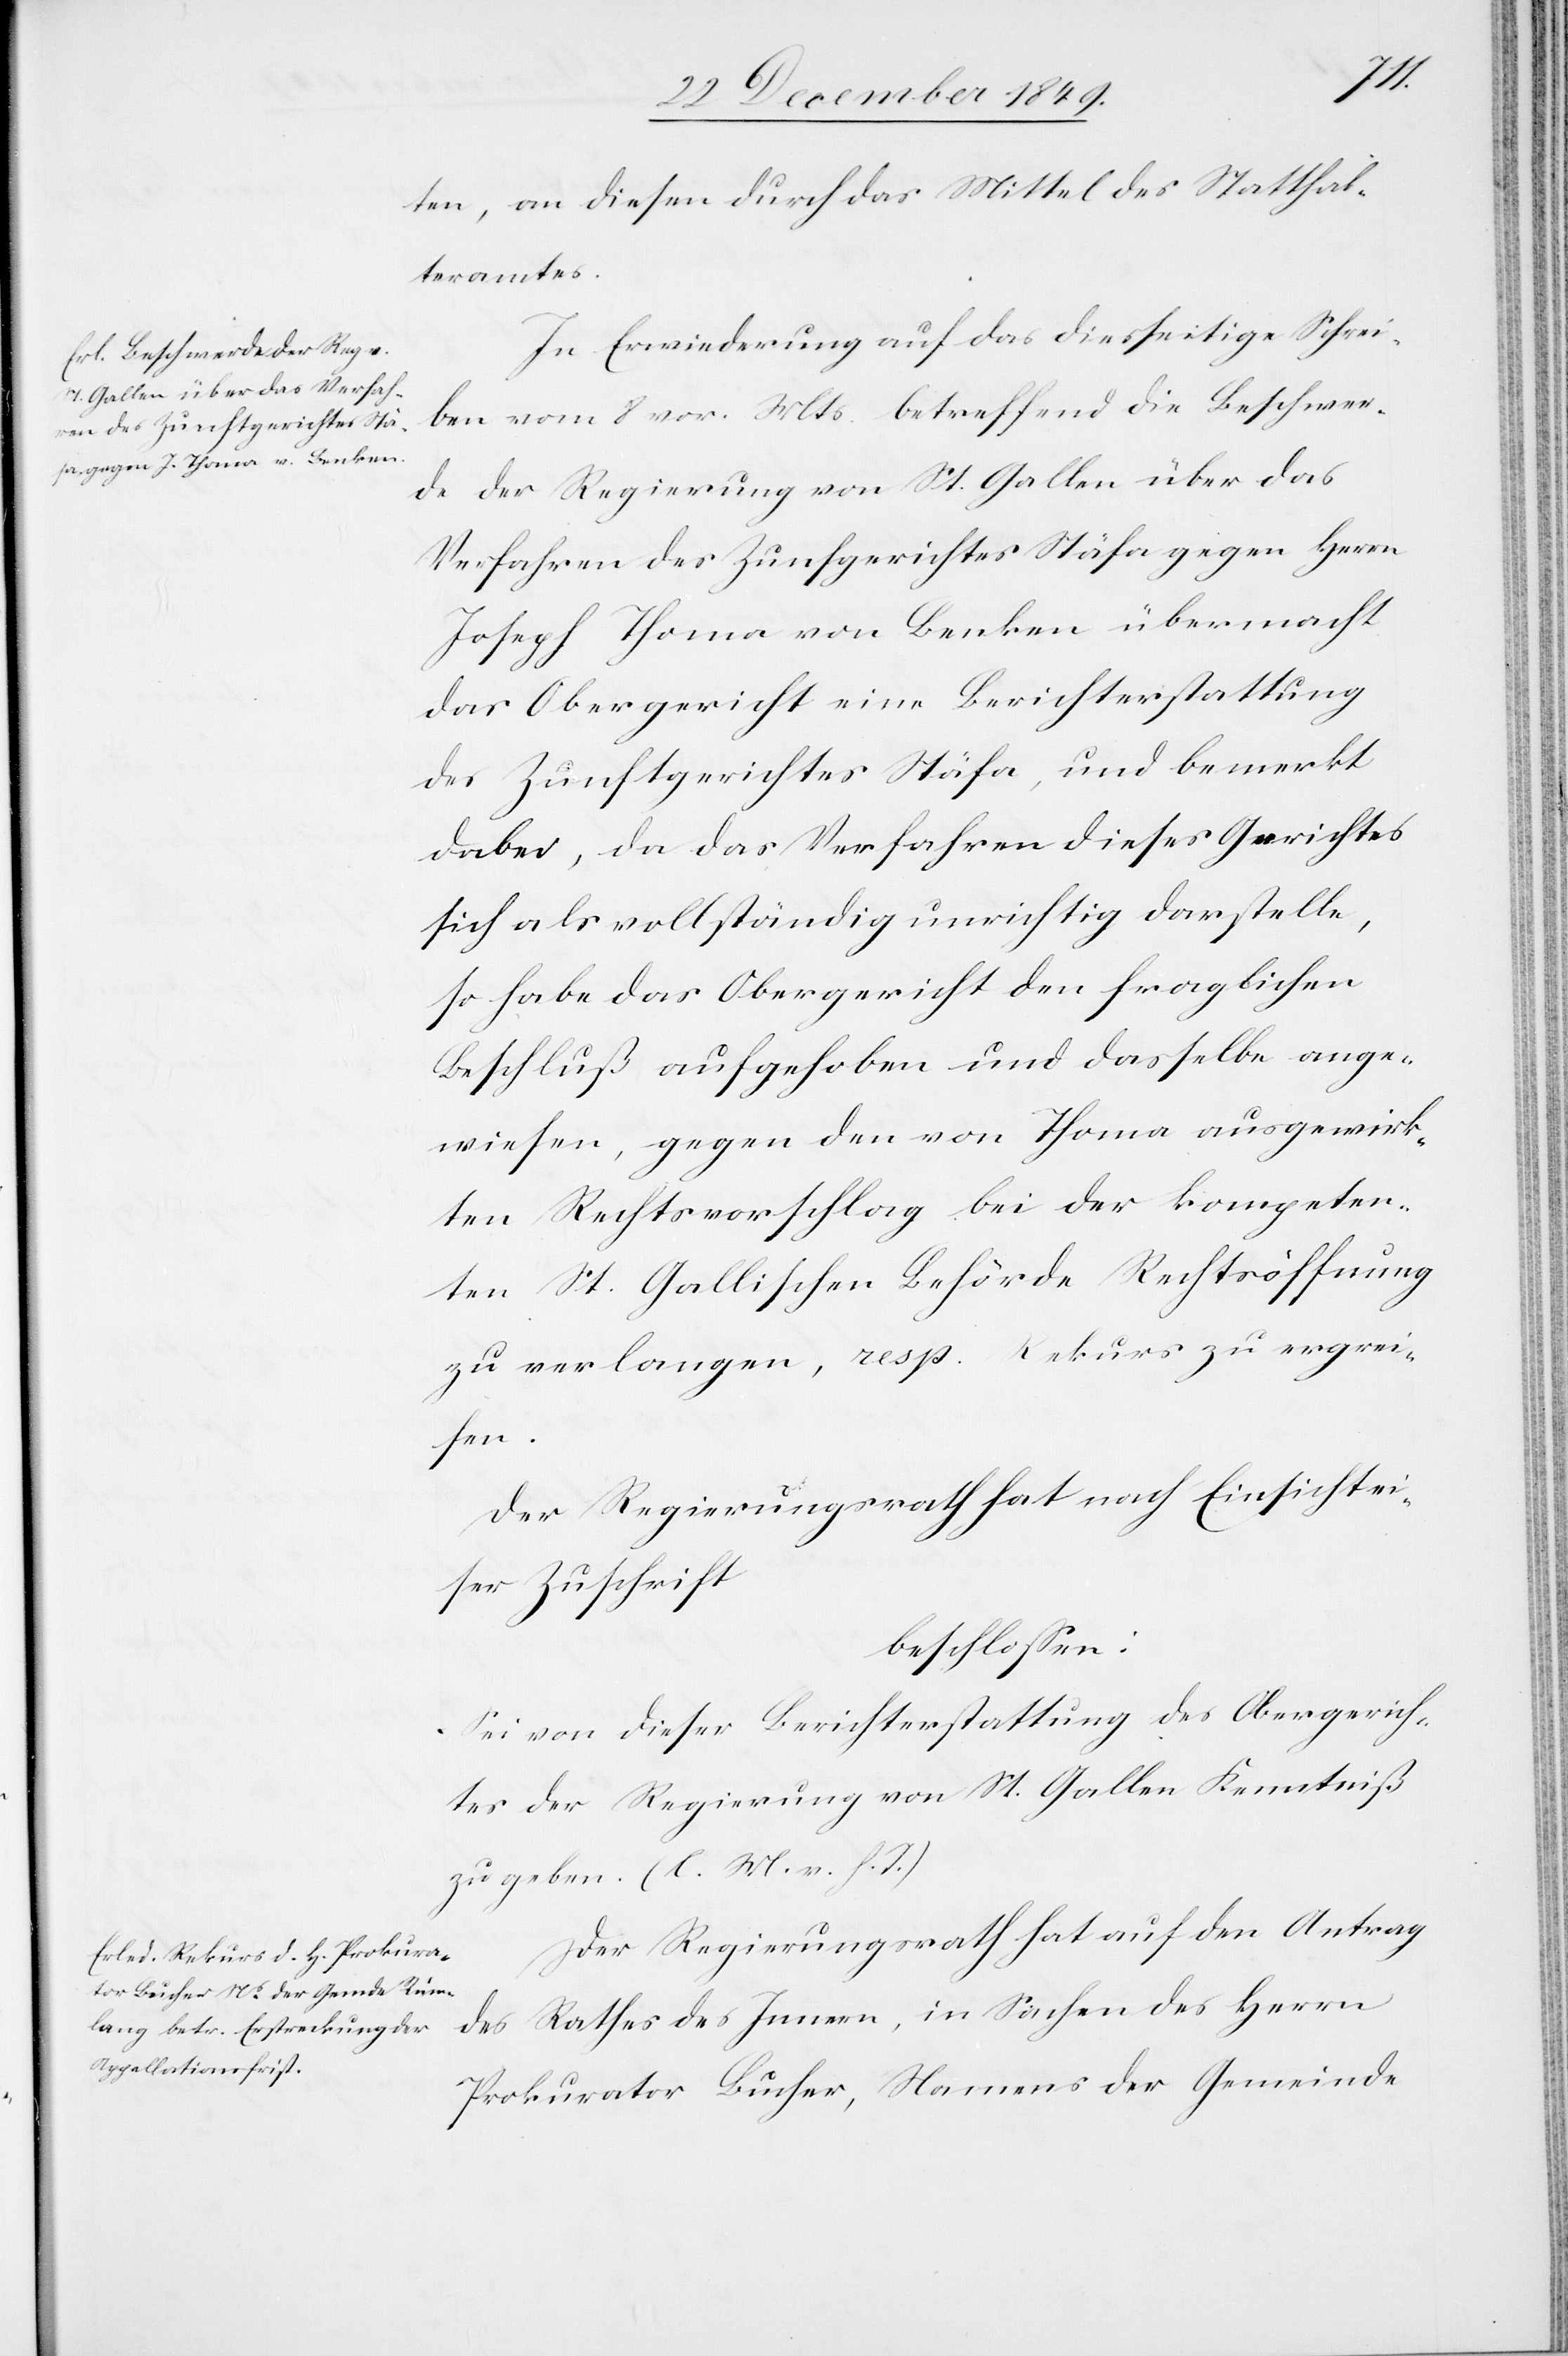
ten, an diesen durch das Mittel des Statthal¬
teramtes.
In Erwiederung auf das diesseitige Schrei¬
ben vom 8 vor. Mts. betreffend die Beschwer¬
de der Regierung von St. Gallen über das
Verfahren des Zunftgerichtes Stäfa gegen Herrn
Joseph Thoma von Benken übermacht
das Obergericht eine Berichterstattung
des Zunftgerichtes Stäfa, und bemerkt
dabei, da das Verfahren dieses Gerichtes
sich als vollständig unrichtig darstellt,
so habe das Obergericht den fraglichen
Beschluß aufgehoben und dasselbe ange¬
wiesen, gegen den von Thoma ausgewirk¬
ten Rechtsvorschlag bei der kompeten¬
ten St. Gallischen Behörde Rechtsöffnung
zu verlangen, resp. Rekurs zu ergrei¬
fen.
Der Regierungsrath hat nach Einsicht ei¬
ner Zuschrift
beschloßen:
Sei von dieser Berichterstattung des Obergerich¬
tes der Regierung von St. Gallen Kenntniß
zu geben. [l. M. v. h. T]
Der Regierungsrath hat auf den Antrag
des Rathes des Innern, in Sachen des Herrn
Prokurator Bucher, Namens der Gemeinde